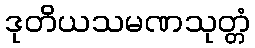
ဒုတိယသမဏသုတ္တံ